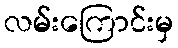
လမ်းကြောင်းမှ